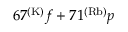
6 7 ^ { ( \mathrm { K ) } } f + 7 1 ^ { ( \mathrm { R b ) } } p